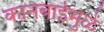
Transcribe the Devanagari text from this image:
कानबाईमुळे